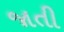
જાતી